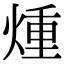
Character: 煄